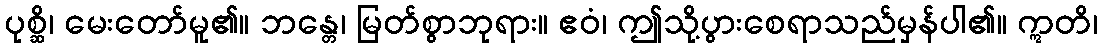
ပုစ္ဆိ၊ မေးတော်မူ၏။ ဘန္တေ၊ မြတ်စွာဘုရား။ ဧဝံ၊ ဤသို့ပွားစေရာသည်မှန်ပါ၏။ ဣတိ၊